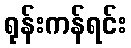
ရုန်းကန်ရင်း